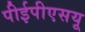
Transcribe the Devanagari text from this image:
पीईपीएसयू